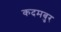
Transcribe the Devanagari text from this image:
कदमबुर